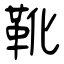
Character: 靴